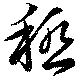
秪